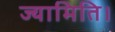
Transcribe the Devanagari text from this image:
ज्यामिति।